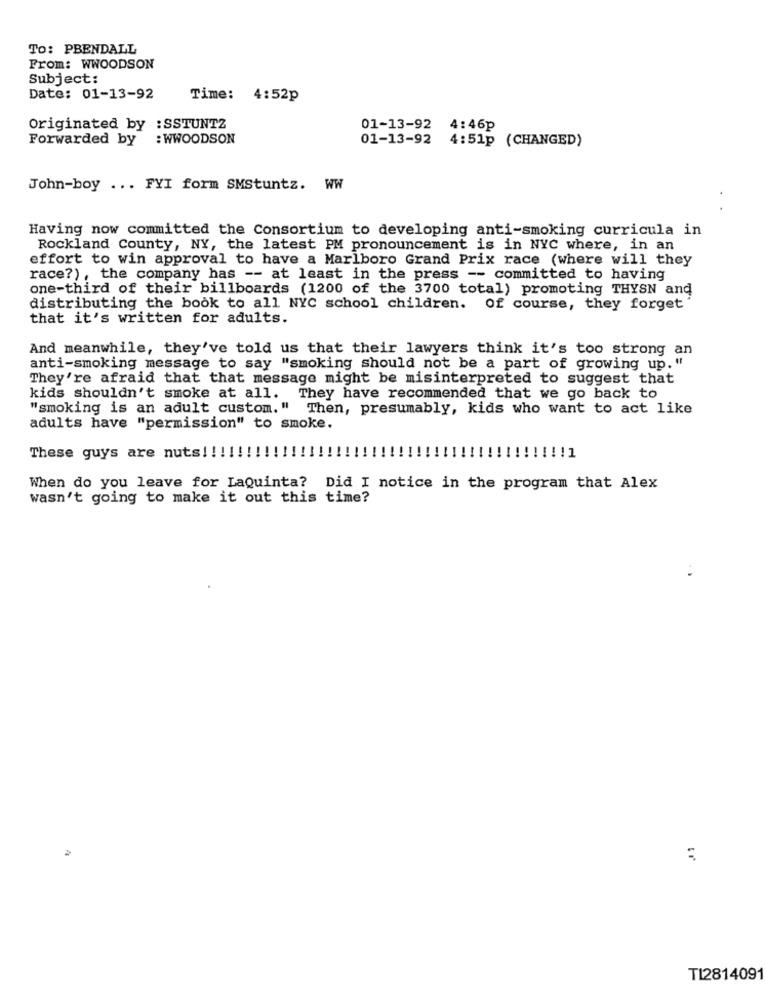
To: PBENDALL
From: WWOODSON
Subject:
Date: 01-13-92
Time: 4:52p
Originated by : SSTUNTZ
01-13-92 4:46p
Forwarded by
: WWOODSON
01-13-92 4:51p (CHANGED)
John-boy ... FYI form SMStuntz. WW
Having now committed the Consortium to developing anti-smoking curricula in
Rockland County, NY, the latest PM pronouncement is in NYC where, in an
effort to win approval to have a Marlboro Grand Prix race (where will they
race?), the company has -- at least in the press -- committed to having
one-third of their billboards (1200 of the 3700 total) promoting THYSN and
distributing the book to all NYC school children. Of course, they forget
that it's written for adults.
And meanwhile, they've told us that their lawyers think it's too strong an
anti-smoking message to say "smoking should not be a part of growing up. "
They're afraid that that message might be misinterpreted to suggest that
kids shouldn't smoke at all. They have recommended that we go back to
"smoking is an adult custom." Then, presumably, kids who want to act like
adults have "permission" to smoke.
These guys are nuts !!!!!
!!!!!!!!!! ! 1
When do you leave for LaQuinta? Did I notice in the program that Alex
wasn't going to make it out this time?
..
T12814091